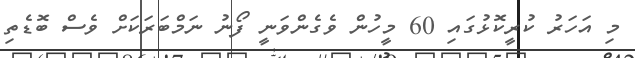
މި އަހަރު ކުރީކޮޅުގައި 60 މީހުން ވެގެންވަނީ ފޯނު ނަމްބަރަކަށް ވެސް ބޮޑެތި